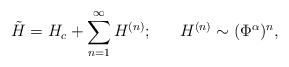
\begin{align*}\tilde{H} = H_c + \sum_{n=1}^{\infty} H^{(n)}; ~~~~~H^{(n)} \sim (\Phi^\alpha)^n,\end{align*}